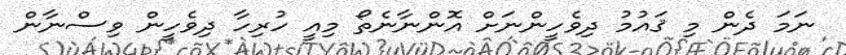
ނަމަ ދެން މި ޤައުމު ދިވެހީންނަށް އޮންނާނެތޯ މިއީ ހުރިހާ ދިވެހީން ވިސްނާން